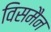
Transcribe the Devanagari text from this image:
विसमैन